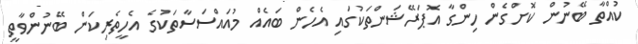
ކުއްތާ ބޭނުން ކޮށްގެން ހިންގާ އޮޕަރޭޝަަންތަކުގައި އެހެން ބައެއް މުއައްސަސާތަކުގެ އެހީތެރިކަން ބޭނުންވާތީ